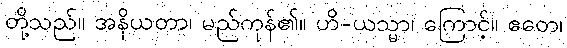
တို့သည်။ အနိယတာ၊ မည်ကုန်၏။ ဟိ-ယသ္မာ၊ ကြောင့်။ ဧတေ၊